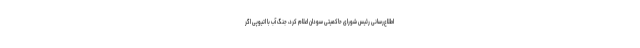
اطلاع‌رسانی رئیس شورای حاکمیتی سودان اعلام کرد، جنگ آب با اتیوپی اگر